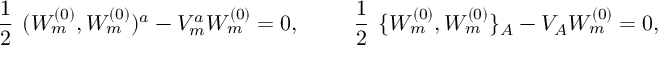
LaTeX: \mathrm { \large ~ \frac { 1 } { 2 } ~ } ( W _ { m } ^ { ( 0 ) } , W _ { m } ^ { ( 0 ) } ) ^ { a } - V _ { m } ^ { a } W _ { m } ^ { ( 0 ) } = 0 , \qquad \mathrm { \large ~ \frac { 1 } { 2 } ~ } \{ W _ { m } ^ { ( 0 ) } , W _ { m } ^ { ( 0 ) } \} _ { A } - V _ { A } W _ { m } ^ { ( 0 ) } = 0 ,